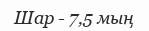
Шар - 7,5 мың